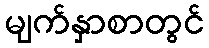
မျက်နှာစာတွင်